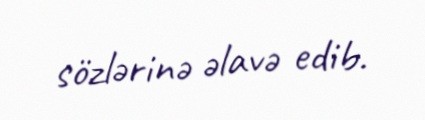
sözlərinə əlavə edib.